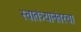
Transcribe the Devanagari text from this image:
स्वातंत्र्यानंतरचा